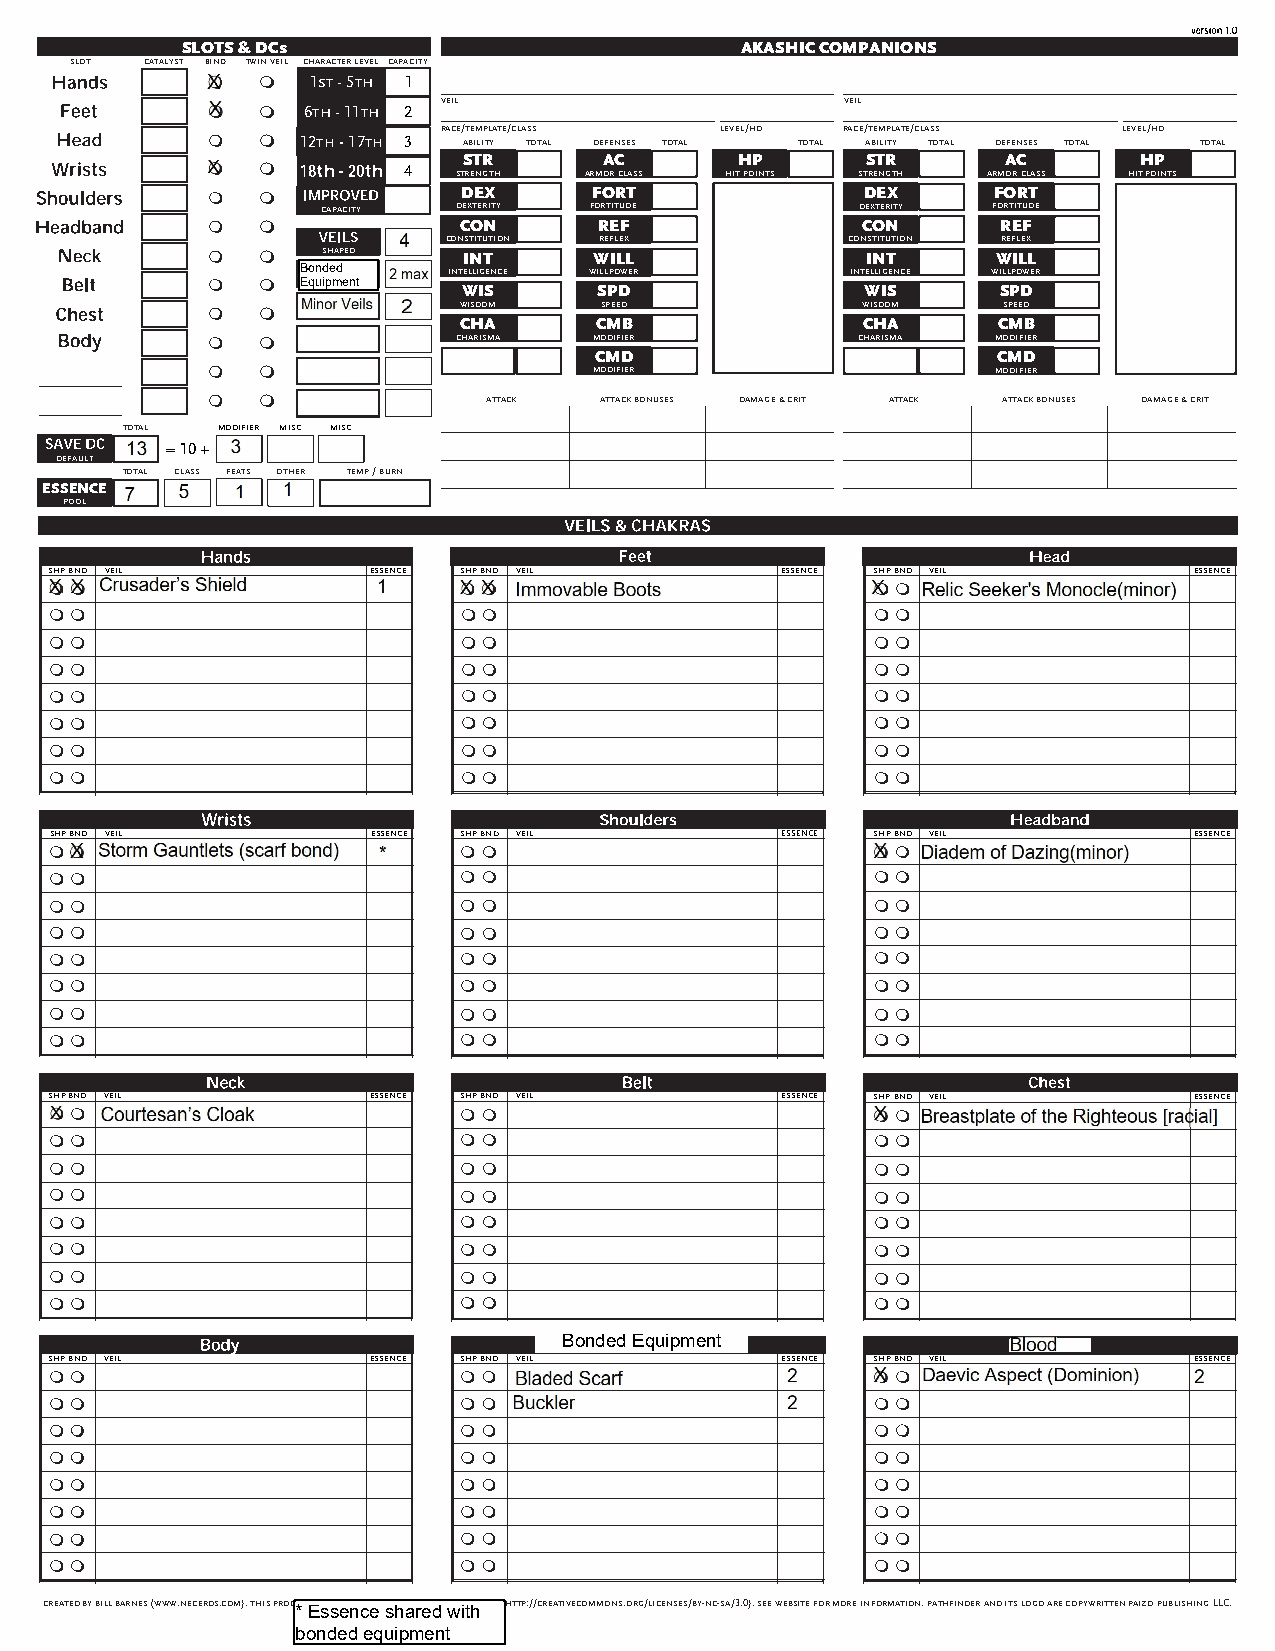
SLOTS & DCs                          AKASHIC COMPANIONS
 slot catalyst bind twin veil character level capacity
 m  m   1st - 5th 1
 veil                       veil
 m  m  6th - 11th 2
 race/template/class level/hd race/template/class level/hd
 m  m  12th - 17th 3 ability total defenses total total ability total defenses total total
 STR      AC       HP      STR       AC      HP
 m  m         4  strength armor class hit points strength armor class hit points
 m  m             DEX     FORT              DEX      FORT
 capacity dexterity fortitude        dexterity fortitude
 m  m            CON       REF              CON      REF
 constitution reflex       constitution reflex
 m  m   shaped    INT     WILL              INT      WILL
 Bonded    intelligence willpower    intelligence willpower
 m  m  Equipment
 WIS      SPD              WIS      SPD
 wisdom    speed            wisdom   speed
 m  m
 CHA      CMB               CHA      CMB
 m  m            charisma modifier          charisma modifier
 CHA      CMD               CHA      CMD
 m  m                     modifier                   modifier
 m  m              attack  attack bonuses damage & crit attack attack bonuses damage & crit
 total modifier misc misc
 = 10 +
 default
 total class feats other temp / burn
 ESSENCE
 pool
 shpbnd veil          essence shpbnd veil         essence shpbnd veil        essence
 mm                         mm                          mm
 mm                          mm                         mm
 mm                          mm                         mm
 mm                          mm                         mm
 mm                          mm                         mm
 mm                          mm                         mm
 mm                          mm                         mm
 mm                          mm                         mm
 shpbnd veil           essence shpbnd veil        essence shpbnd veil        essence
 mm                         mm                          mm
 mm                         mm                          mm
 mm                         mm                          mm
 mm                         mm                          mm
 mm                         mm                          mm
 mm                         mm                          mm
 mm                         mm                          mm
 mm                         mm                          mm
 shpbnd veil           essence shpbnd veil        essence shpbnd veil        essence
 mm                         mm                          mm
 mm                         mm                          mm
 mm                         mm                          mm
 mm                         mm                          mm
 mm                         mm                          mm
 mm                         mm                          mm
 mm                         mm                          mm
 mm                         mm                          mm
 Bonded Equipment
 shpbnd veil          essence shpbnd veil         essence shpbnd veil        essence
 mm                         mm                          mm
 mm                         mm                          mm
 mm                         mm                          mm
 mm                         mm                          mm
 mm                         mm                          mm
 mm                         mm                          mm
 mm                         mm                          mm
 mm                         mm                          mm
 created by bill barnes (www.neceros.com). this prod*u cEt lsicesnesend cbye cr esathivae croemdm owns iltihce nse (http://creativecommons.org/licenses/by-nc-sa/3.0). see website for more information. pathfinder and its logo are copywritten paizo publishing LLC.
 bonded equipment